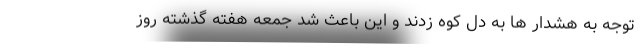
توجه به هشدار ها به دل کوه زدند و این باعث شد جمعه هفته گذشته روز